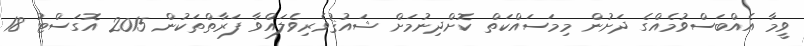
ވީމާ އެއްބަސްވުމެއްގެ ދަށުން މިމަސައްކަތް ކޮށްދިނުމަށް ޝައުޤުވެރިވެލައްވާ ފަރާތްތަކުން 2015 އޮގަސްޓު 18